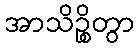
အာသိဉ္စိတွာ